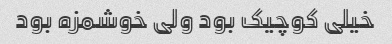
خیلی کوچیک بود ولی خوشمزه بود